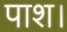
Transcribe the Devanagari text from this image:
पाश।